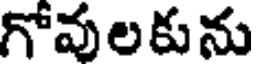
గోవులకును